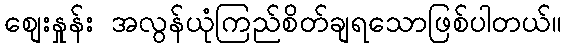
စျေးနှုန်း အလွန်ယုံကြည်စိတ်ချရသောဖြစ်ပါတယ်။